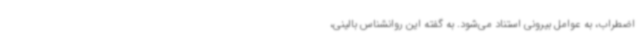
اضطراب، به عوامل بیرونی استناد می‌شود. به گفته این روانشناس بالینی،